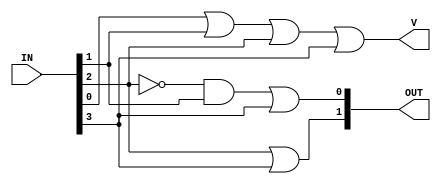
module ENCODER(
    input [3:0] IN,
    output [1:0] OUT,
    output V
    );
    wire fo1, fo2, fo3;
    assign V = IN[0] | IN[1] | IN[2] | IN[3];
    assign OUT[1] = IN[2] | IN[3];
    assign OUT[0] = (~IN[2] & IN[1]) | IN[3];
endmodule